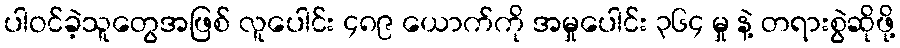
ပါဝင်ခဲ့သူတွေအဖြစ် လူပေါင်း ၄၈၉ ယောက်ကို အမှုပေါင်း ၃၆၄ မှု နဲ့ တရားစွဲဆိုဖို့